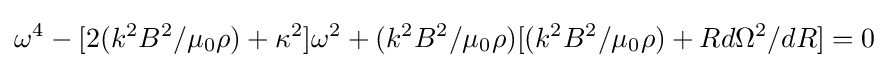
\omega ^{4}-[2(k^{2}B^{2}/\mu _{0}\rho )+\kappa ^{2}]\omega ^{2}+(k^{2}B^{2}/\mu _{0}\rho )[(k^{2}B^{2}/\mu _{0}\rho )+Rd\Omega ^{2}/dR]=0